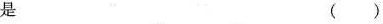
是 ( )